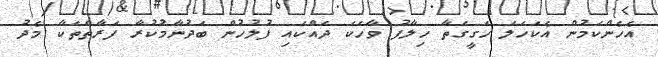
އެހެންކަމުން އެކަހަލަ ހަގީގަތާ ހިލާފު ވާހަކަ ދައްކައި ފުލުހުން ބަދުނާމުކުރާ ފަރާތްތަކާ މެދު